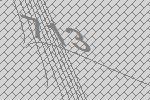
713